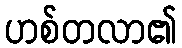
ဟစ်တလာ၏